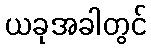
ယခုအခါတွင်